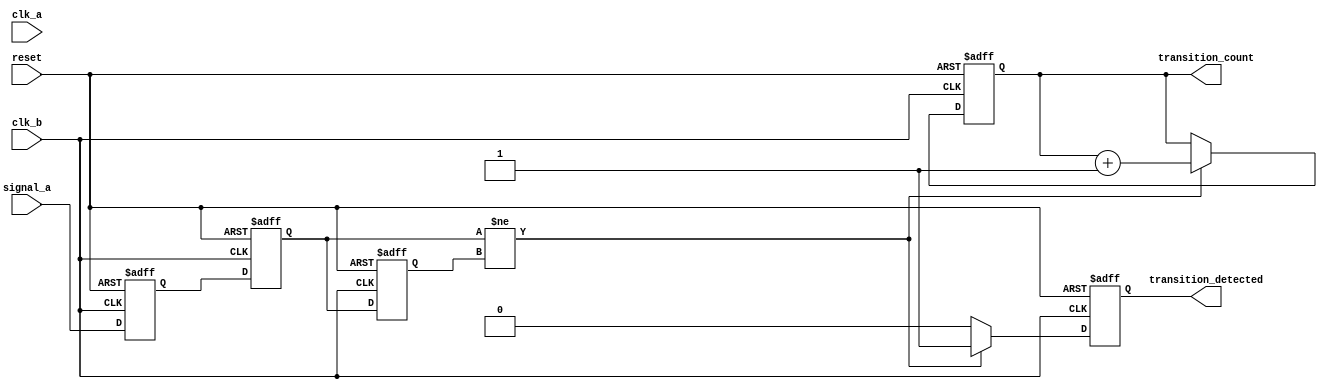
module cdc_detector (
    input wire signal_a,           // Signal from clock domain A
    input wire clk_a,             // Clock signal for domain A
    input wire clk_b,             // Clock signal for domain B
    input wire reset,             // Synchronous reset signal
    output reg transition_detected, // Indicates if a transition has been detected
    output reg [31:0] transition_count // Counter for transitions detected
);

    // Register to hold sampled value of signal_a
    reg signal_a_sync_1;
    reg signal_a_sync_2;
    reg signal_a_prev;

    // Edge detection logic
    always @(posedge clk_b or posedge reset) begin
        if (reset) begin
            signal_a_sync_1 <= 1'b0;
            signal_a_sync_2 <= 1'b0;
            transition_detected <= 1'b0;
            transition_count <= 32'b0;
            signal_a_prev <= 1'b0;
        end else begin
            // Synchronize signal_a to clk_b
            signal_a_sync_1 <= signal_a;
            signal_a_sync_2 <= signal_a_sync_1;
            
            // Detect transitions
            if (signal_a_sync_2 != signal_a_prev) begin
                transition_detected <= 1'b1; // Transition detected
                transition_count <= transition_count + 1; // Increment count
            end else begin
                transition_detected <= 1'b0; // No transition
            end
            
            // Update previous sampled value
            signal_a_prev <= signal_a_sync_2;
        end
    end

endmodule